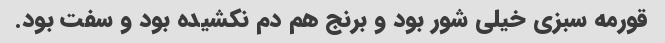
قورمه سبزی خیلی شور بود و برنج هم دم نکشیده بود و سفت بود.